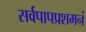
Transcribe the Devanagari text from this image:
सर्वपापप्रशमनं